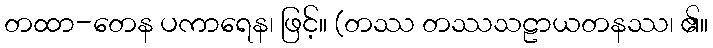
တထာ-တေန ပကာရေန၊ ဖြင့်။ (တဿ တဿသဠာယတနဿ၊ ၏။